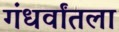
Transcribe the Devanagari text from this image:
गंधर्वांतला